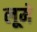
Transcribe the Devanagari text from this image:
लूमे